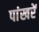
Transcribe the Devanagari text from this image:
पांखरें